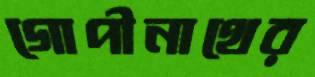
গোপীনাথের